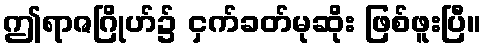
ဤရာဇဂြိုဟ်၌ ငှက်ခတ်မုဆိုး ဖြစ်ဖူးပြီ။